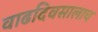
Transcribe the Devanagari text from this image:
वाढदिवसालाच